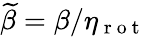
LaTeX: \widetilde{\beta}=\beta/{\eta_{\mathrm{~r~o~t~}}}